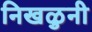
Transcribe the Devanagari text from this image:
निखळुनी